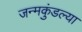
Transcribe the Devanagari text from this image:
जन्मकुंडल्या